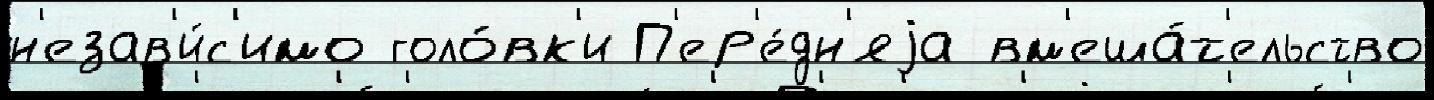
н'езав'и́с'имо голо́вк'и П'ер'е́дн'яjа вм'еша́т'ельство